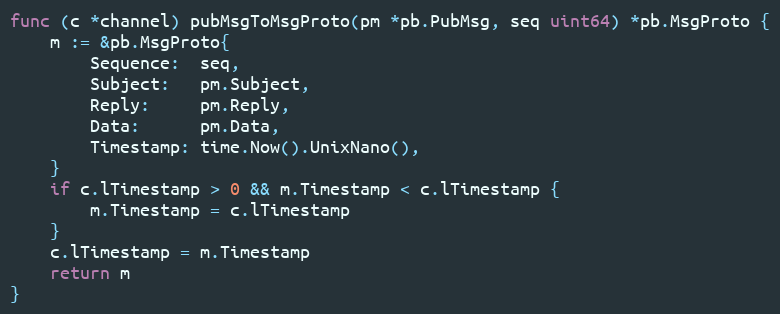
Language: Go
func (c *channel) pubMsgToMsgProto(pm *pb.PubMsg, seq uint64) *pb.MsgProto {
	m := &pb.MsgProto{
		Sequence:  seq,
		Subject:   pm.Subject,
		Reply:     pm.Reply,
		Data:      pm.Data,
		Timestamp: time.Now().UnixNano(),
	}
	if c.lTimestamp > 0 && m.Timestamp < c.lTimestamp {
		m.Timestamp = c.lTimestamp
	}
	c.lTimestamp = m.Timestamp
	return m
}